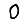
Digit: 0